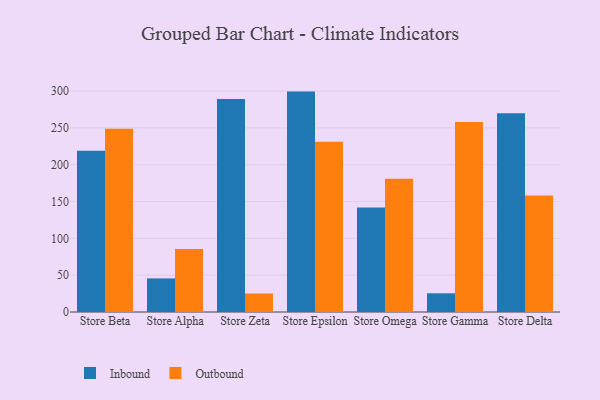
{"axis": {"x": "Store", "y": "Tickets Resolved"}, "legend": ["Inbound", "Outbound"], "data": [{"x": "Store Beta", "y": 219.1, "type": "Inbound"}, {"x": "Store Beta", "y": 248.9, "type": "Outbound"}, {"x": "Store Alpha", "y": 45.6, "type": "Inbound"}, {"x": "Store Alpha", "y": 85.5, "type": "Outbound"}, {"x": "Store Zeta", "y": 289.4, "type": "Inbound"}, {"x": "Store Zeta", "y": 25.1, "type": "Outbound"}, {"x": "Store Epsilon", "y": 299.3, "type": "Inbound"}, {"x": "Store Epsilon", "y": 231.3, "type": "Outbound"}, {"x": "Store Omega", "y": 141.8, "type": "Inbound"}, {"x": "Store Omega", "y": 181.0, "type": "Outbound"}, {"x": "Store Gamma", "y": 25.4, "type": "Inbound"}, {"x": "Store Gamma", "y": 258.0, "type": "Outbound"}, {"x": "Store Delta", "y": 269.8, "type": "Inbound"}, {"x": "Store Delta", "y": 158.3, "type": "Outbound"}]}